Civil Veterinary Department Bengal reports 1923-33 - 1923-1933
Year: 1923
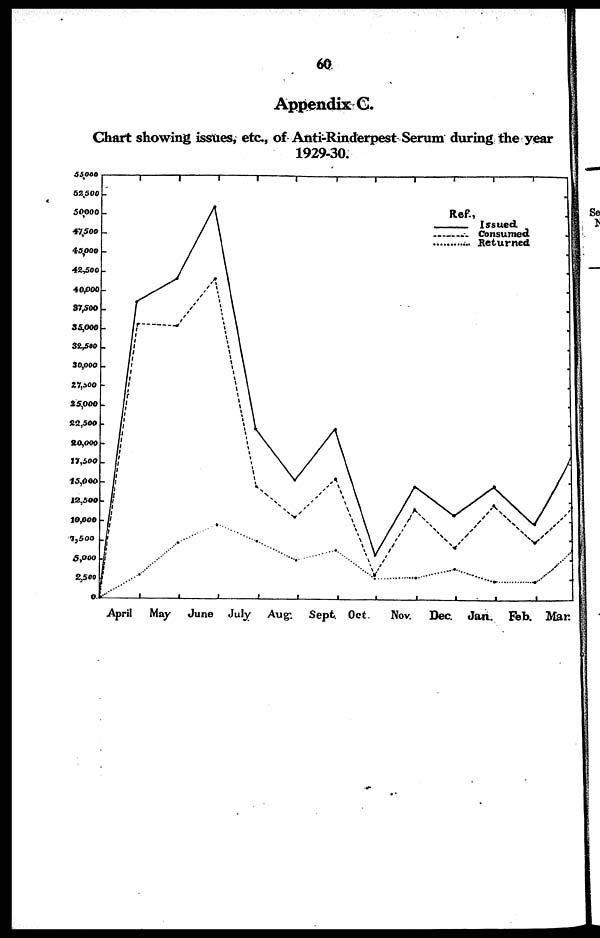
60
Appendix C.
Chart showing issues, etc, of Anti-Rinderpest Serum during the year
1929-30.